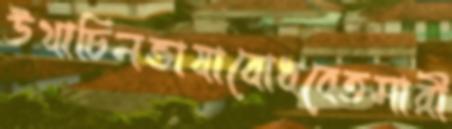
উথাচিনভাষাবোধবেতমারী